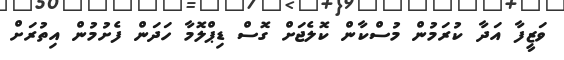
ވަޒީފާ އަދާ ކުރަމުން މުސްކާން ކޮލެޖަށް ގޮސް ޑިޕްލޮމާ ހަދަން ފެށުމުން އިތުރަށް